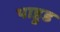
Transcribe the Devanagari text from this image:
पाहुड